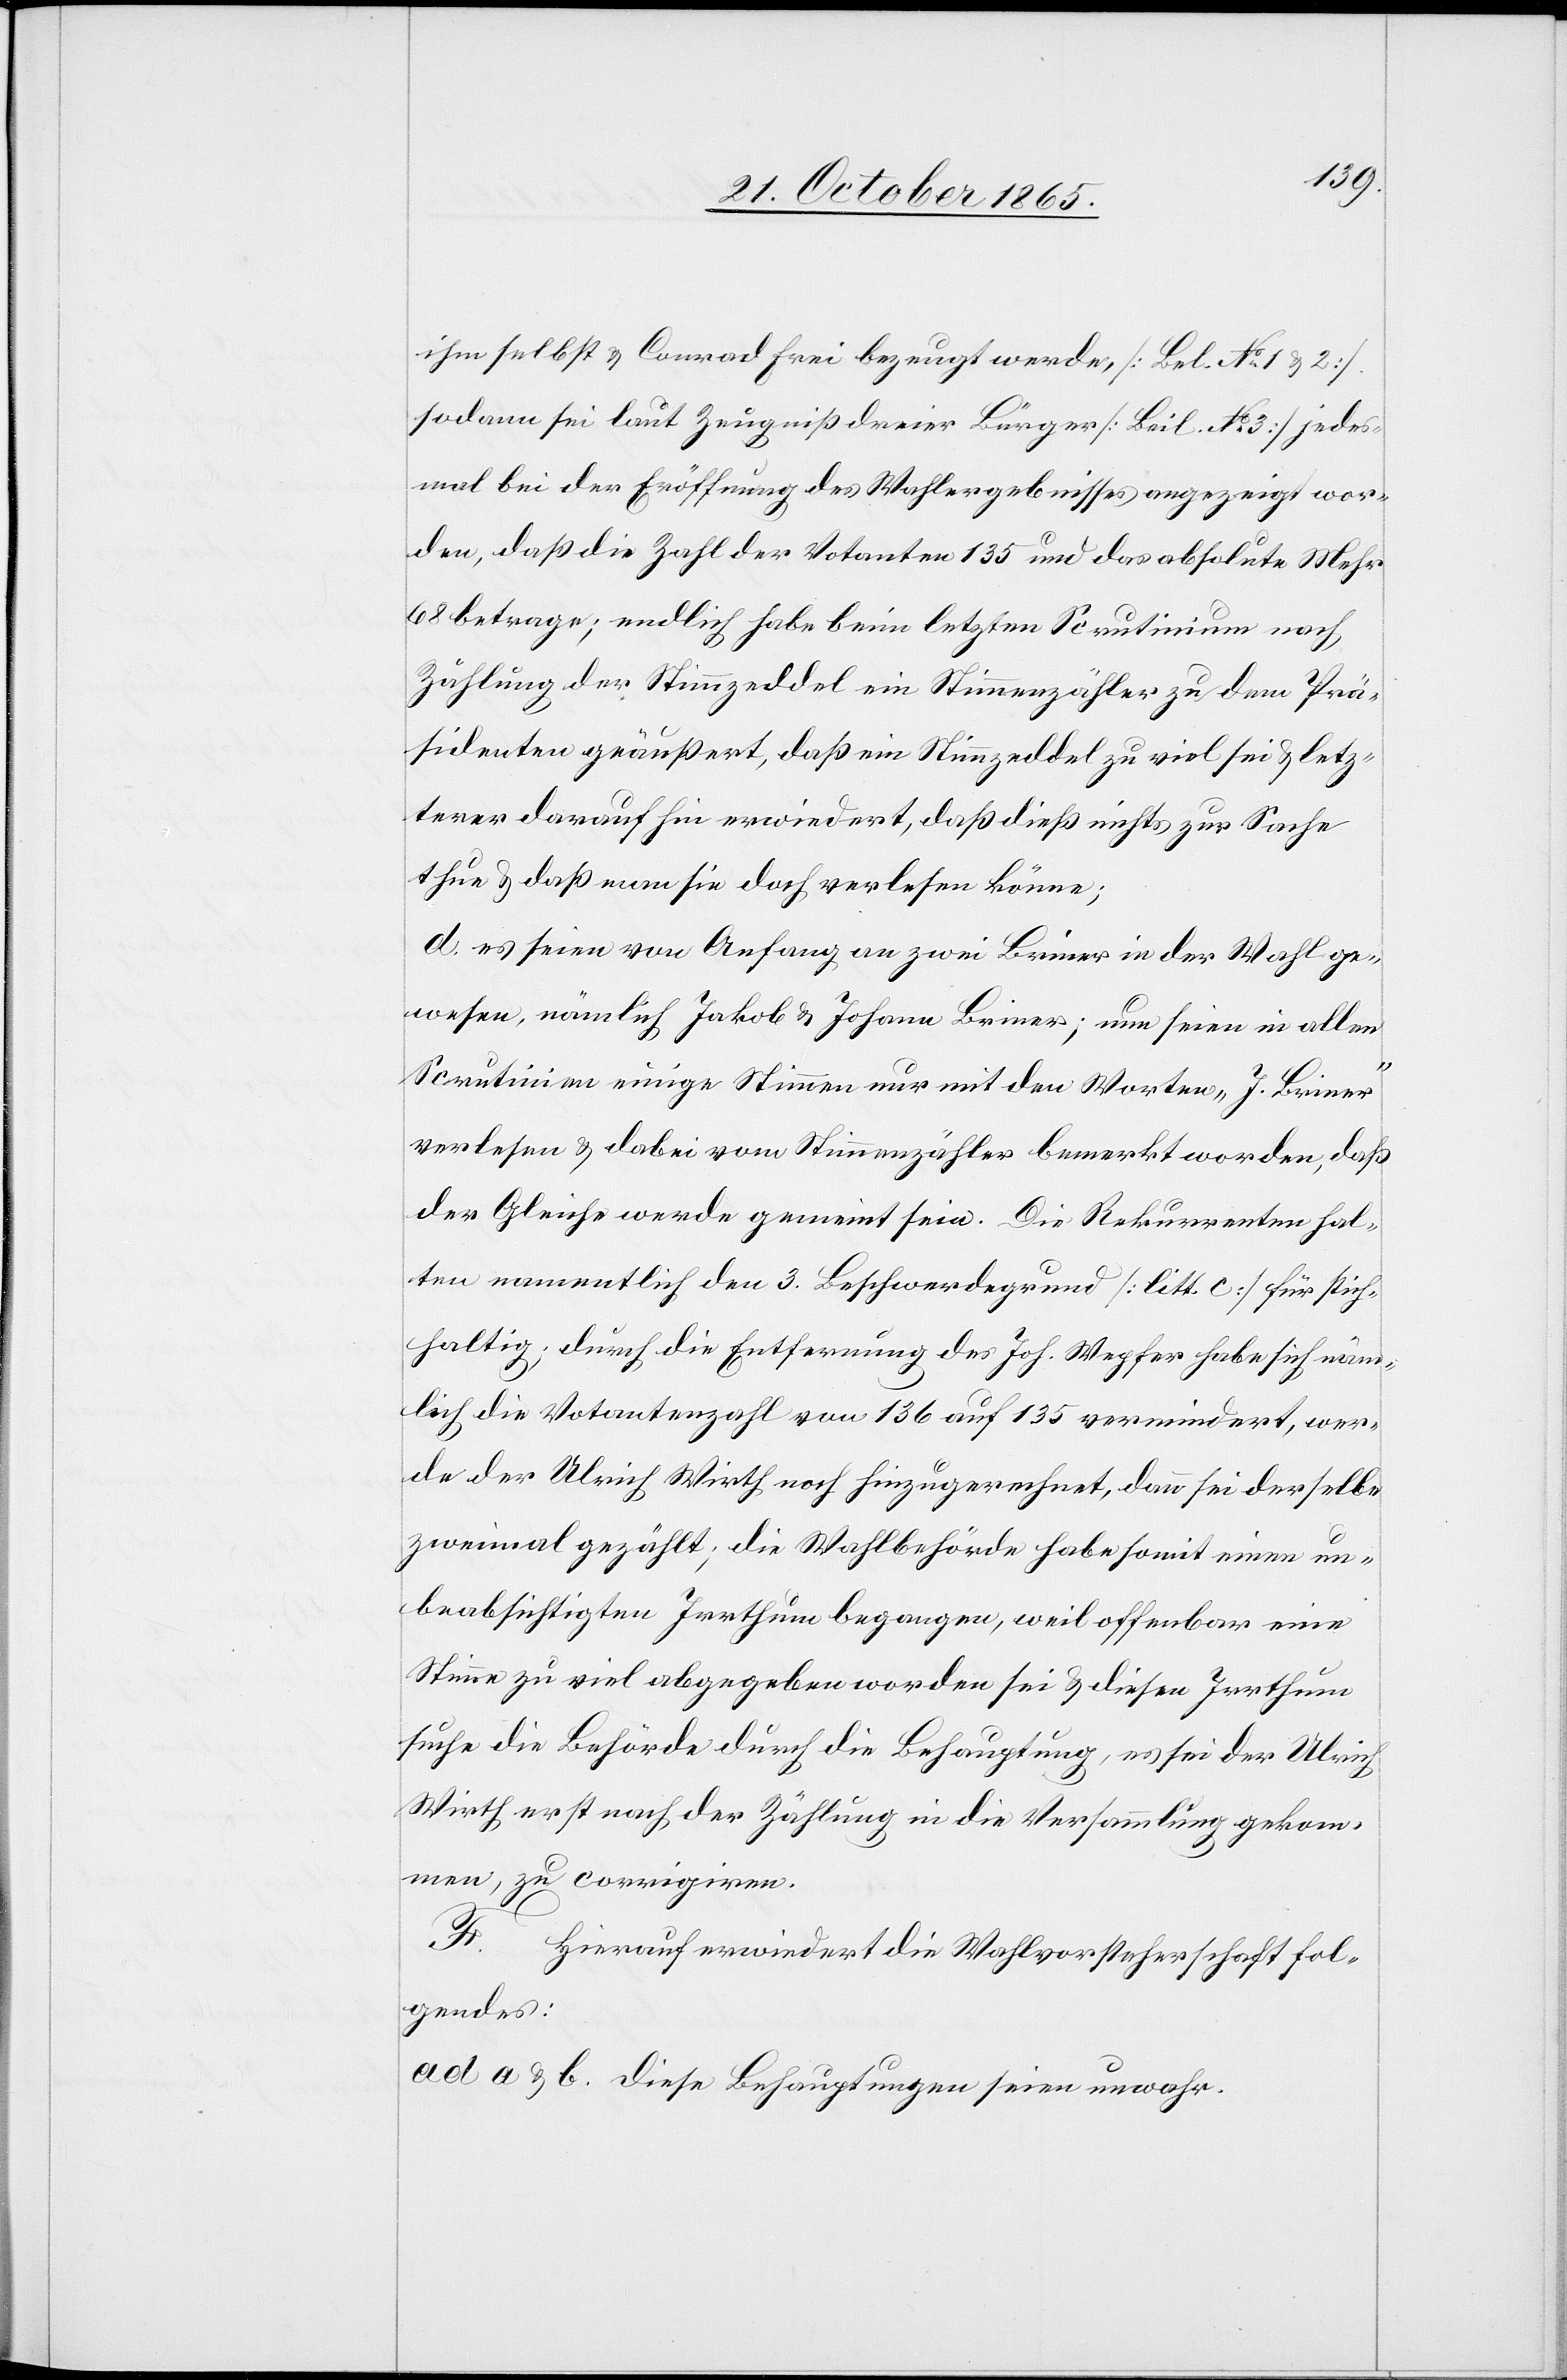
ihm selbst & Conrad Frei bezeugt werde, [Be[i]l. No 1 & 2]
sodann sei laut Zeugniß dreier Bürger [Beil. No 3] jedes¬
mal bei der Eröffnung des Wahlergebnisses angezeigt wor¬
den, daß die Zahl der Votanten 135 und das absolute Mehr
68 betrage; endlich habe beim letzten Scrutinium nach
Zählung der Stimmzeddel ein Stimmenzähler zu dem Prä¬
sidenten geäußert, daß ein Stimmzeddel zu viel sei & letz¬
terer darauf hin erwiedert, daß dieß nichts zur Sache
thue & daß man sie doch verlesen könne;
d. es seien von Anfang an zwei Briner in der Wahl ge¬
wesen, nämlich Jakob und Johann Briner; nun seien in allen
Scrutinien einige Stimmen nur mit den Worten „J. Briner“
verlesen & dabei vom Stimmenzähler bemerkt worden, daß
der Gleiche werde gemeint sein. Die Rekurrenten hal¬
ten namentlich den 3. Beschwerdegrund [litt. c] für stich¬
haltig; durch die Entfernung des Joh. Wepfer habe sich näm¬
lich die Votantenzahl von 136 auf 135 vermindert, wer¬
de der Ulrich Wirth noch hinzugerechnet, dann sei derselbe
zweimal gezählt; die Wahlbehörde habe somit einen un¬
beabsichtigten Irrthum begangen, weil offenbar eine
Stimme zu viel abgegeben worden sei & diesen Irrthum
suche die Behörde durch die Behauptung, es sei der Ulrich
Wirth erst nach der Zählung in die Versammlung gekom¬
men, zu corrigiren.
F. Hierauf erwiedert die Wahlvorsteherschaft fol¬
gendes:
ad a & b. diese Behauptungen seien unwahr.